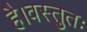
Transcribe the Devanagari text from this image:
है।वस्तुतः